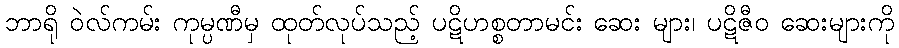
ဘာရို ဝဲလ်ကမ်း ကုမ္ပဏီမှ ထုတ်လုပ်သည့် ပဋိဟစ္စတာမင်း ဆေး များ၊ ပဋိဇီဝ ဆေးများကို